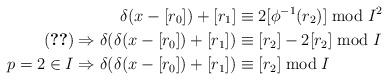
LaTeX: \begin{align*}\delta(x-[r_0])+[r_1] &\equiv 2[\phi^{-1}(r_2)] \bmod I^2 \\(\ref{a=b}) \Rightarrow \delta(\delta(x-[r_0])+[r_1]) &\equiv [r_2]- 2[r_2] \bmod I \\p=2\in I \Rightarrow \delta(\delta(x-[r_0])+[r_1]) &\equiv [r_2] \bmod I \end{align*}